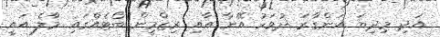
އަދި މިދިޔަ އަންގާރަ ދުވަހު އޭނާ އާއި ރިޒްމީން ބޯޓެއްގައި މާލެ އައީ